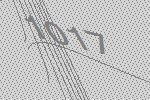
1017